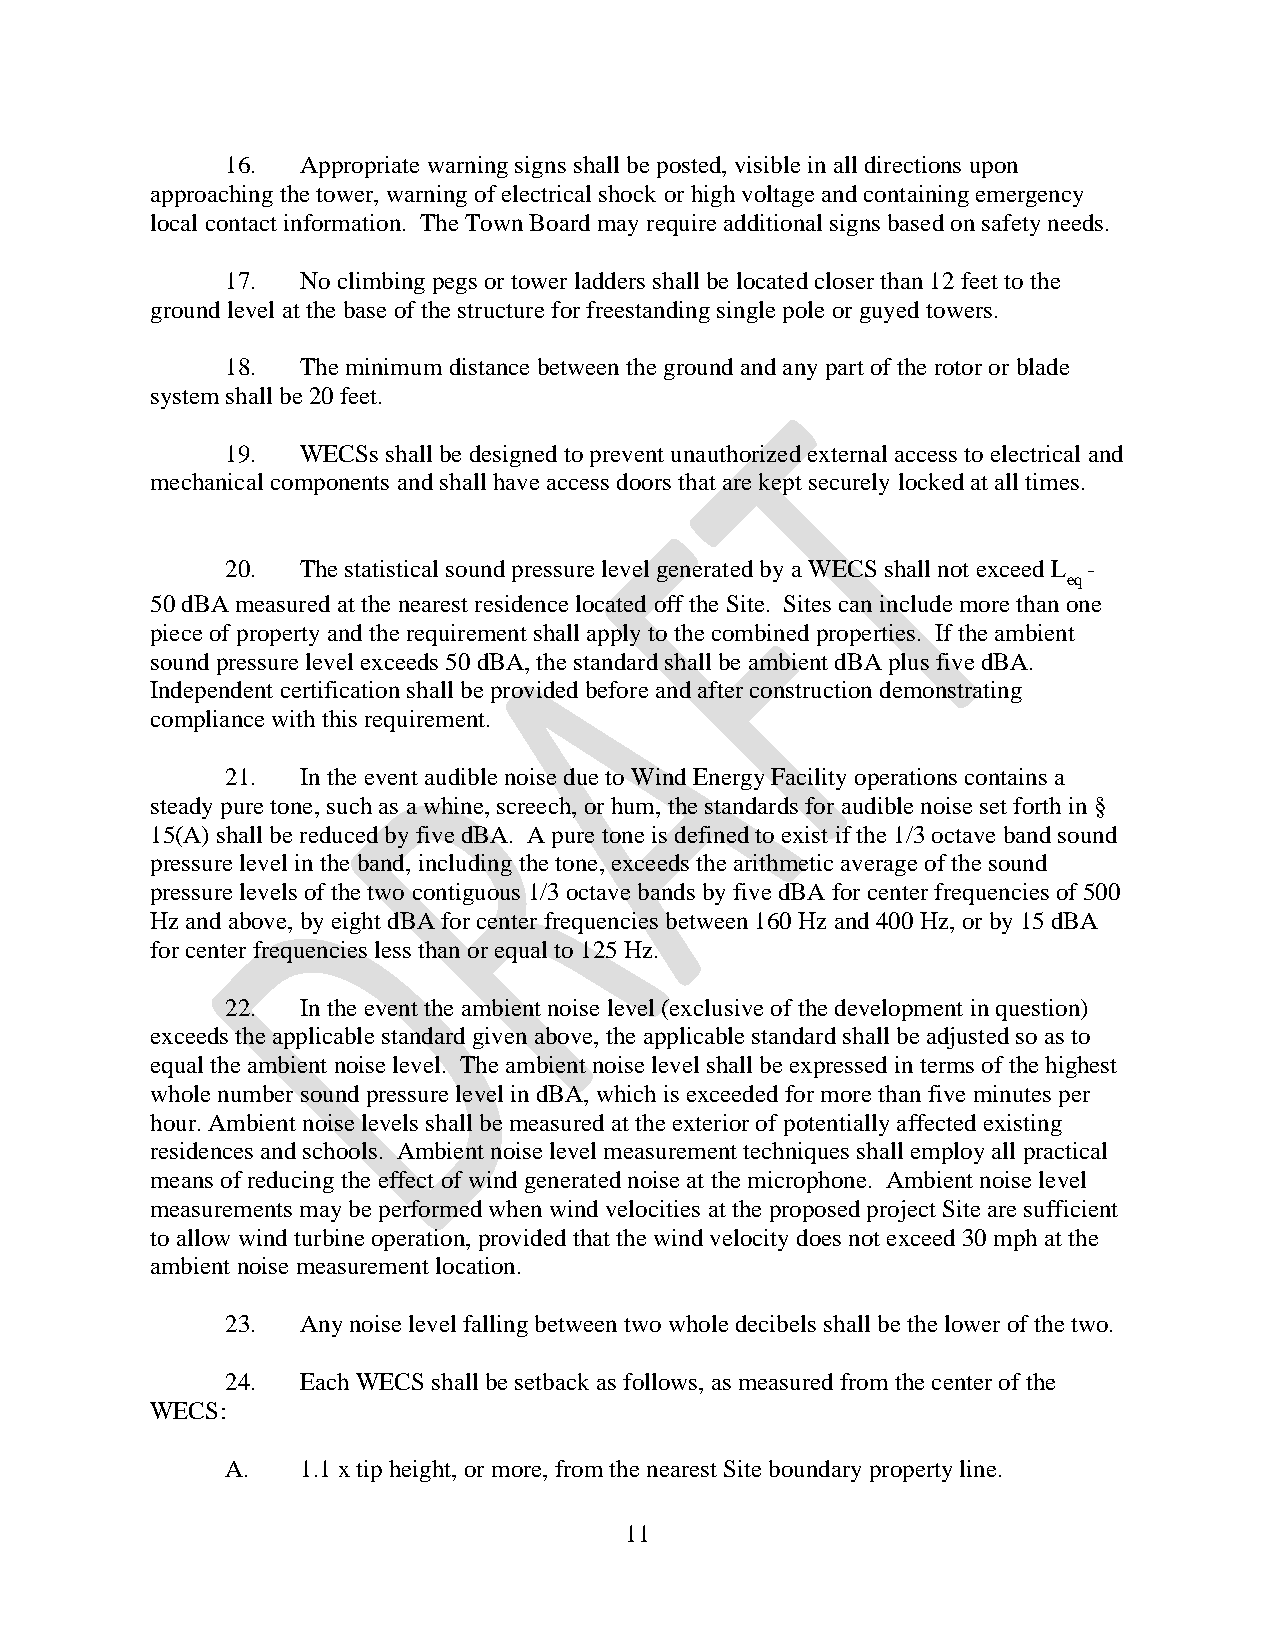
16.  Appropriate warning signs shall be posted, visible in all directions upon
 approaching the tower, warning of electrical shock or high voltage and containing emergency
 local contact information. The Town Board may require additional signs based on safety needs.
 17.  No climbing pegs or tower ladders shall be located closer than 12 feet to the
 ground level at the base of the structure for freestanding single pole or guyed towers.
 18.  The minimum distance between the ground and any part of the rotor or blade
 system shall be 20 feet.
 19.  WECSs shall be designed to prevent unauthorized external access to electrical and
 mechanical components and shall have access doors that are kept securely locked at all times.
 20.  The statistical sound pressure level generated by a WECS shall not exceed L -
 eq
 50 dBA measured at the nearest residence located off the Site. Sites can include more than one
 piece of property and the requirement shall apply to the combined properties. If the ambient
 sound pressure level exceeds 50 dBA, the standard shall be ambient dBA plus five dBA.
 Independent certification shall be provided before and after construction demonstrating
 compliance with this requirement.
 21.  In the event audible noise due to Wind Energy Facility operations contains a
 steady pure tone, such as a whine, screech, or hum, the standards for audible noise set forth in §
 15(A) shall be reduced by five dBA. A pure tone is defined to exist if the 1/3 octave band sound
 pressure level in the band, including the tone, exceeds the arithmetic average of the sound
 pressure levels of the two contiguous 1/3 octave bands by five dBA for center frequencies of 500
 Hz and above, by eight dBA for center frequencies between 160 Hz and 400 Hz, or by 15 dBA
 for center frequencies less than or equal to 125 Hz.
 22.  In the event the ambient noise level (exclusive of the development in question)
 exceeds the applicable standard given above, the applicable standard shall be adjusted so as to
 equal the ambient noise level. The ambient noise level shall be expressed in terms of the highest
 whole number sound pressure level in dBA, which is exceeded for more than five minutes per
 hour. Ambient noise levels shall be measured at the exterior of potentially affected existing
 residences and schools. Ambient noise level measurement techniques shall employ all practical
 means of reducing the effect of wind generated noise at the microphone. Ambient noise level
 measurements may be performed when wind velocities at the proposed project Site are sufficient
 to allow wind turbine operation, provided that the wind velocity does not exceed 30 mph at the
 ambient noise measurement location.
 23.  Any noise level falling between two whole decibels shall be the lower of the two.
 24.  Each WECS shall be setback as follows, as measured from the center of the
 WECS:
 A.   1.1 x tip height, or more, from the nearest Site boundary property line.
 11